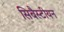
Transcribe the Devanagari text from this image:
सिबैस्टीयन